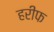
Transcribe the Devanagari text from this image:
हरीफ